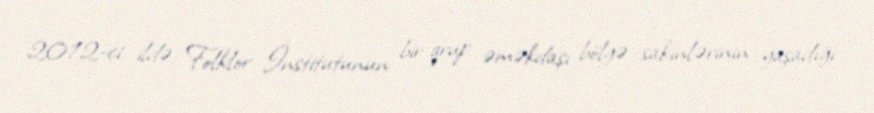
2012-ci ildə Folklor İnstitutunun bir qrup əməkdaşı bölgə sakinlərinin yaşadığı